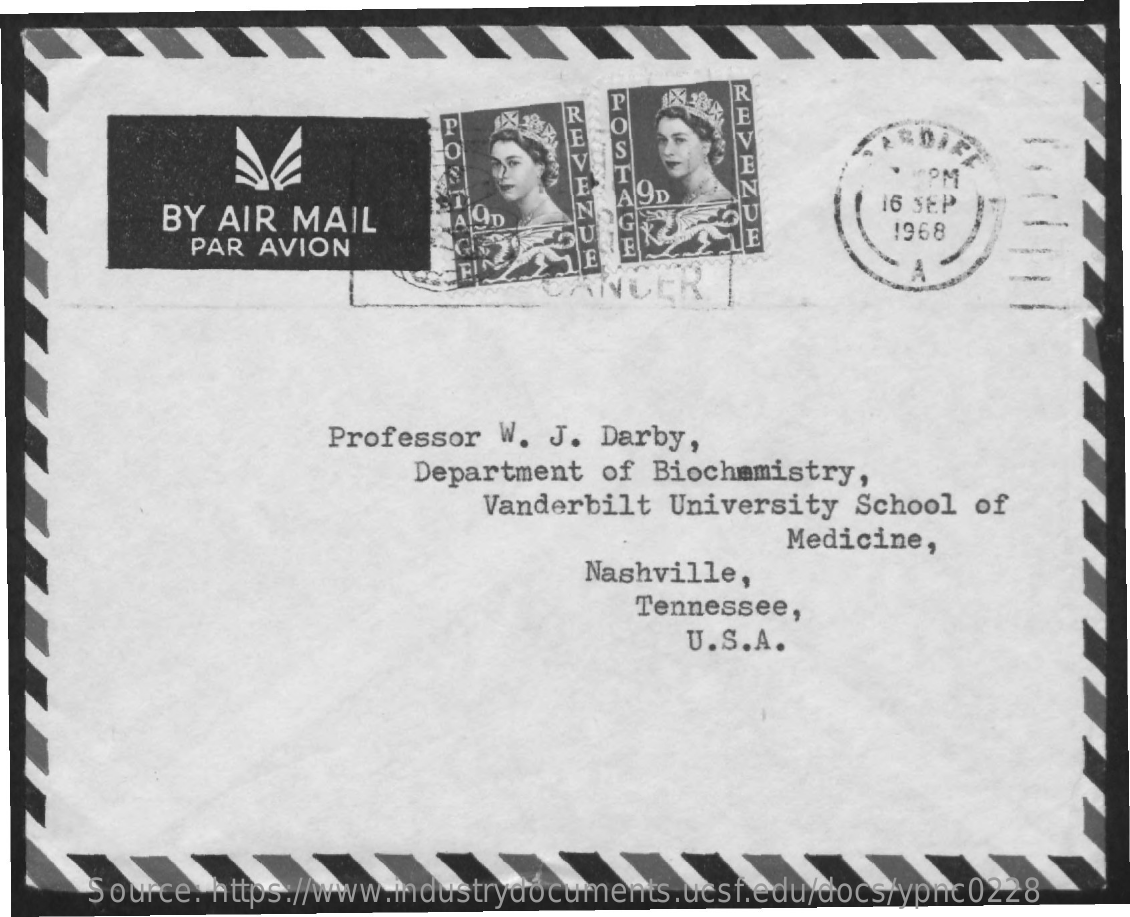
P
     R
     19D
     BY  AIR MAIL
     16 SEP
     1968
     PAR AVION
     E
     Professor W. J. Darby,
     Department of  Biochemistry,
     Vanderbilt University  School  of
     Medicine,
     Nashville,
     Tennessee,
     U.S.A.
     Source: https://www.industrydocuments.ucsf.edu/docs/ypnc0228